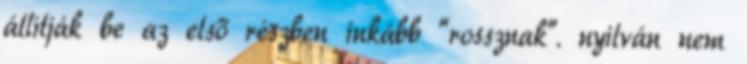
állítják be az első részben inkább “rossznak”. nyilván nem